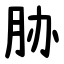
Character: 胁